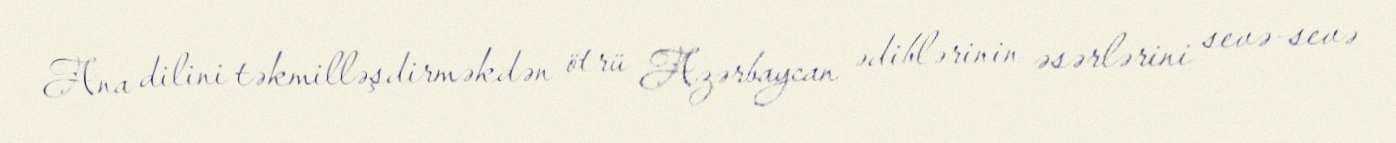
Ana dilini təkmilləşdirməkdən ötrü Azərbaycan ədiblərinin əsərlərini sevə-sevə